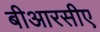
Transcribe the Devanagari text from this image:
बीआरसीए